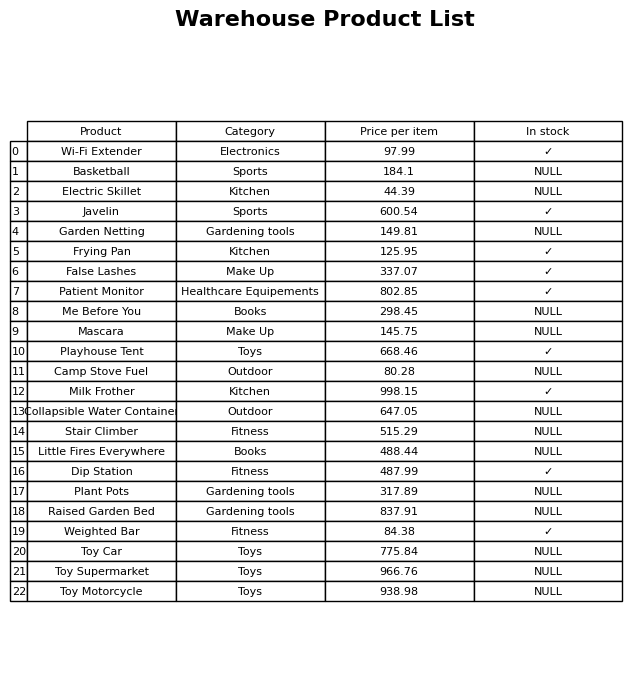
question: What is the price for Toy Car?
answer: The price of Toy Car is 775.84.